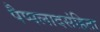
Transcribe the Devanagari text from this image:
पैप्पलादसंहिता